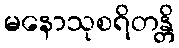
မနောသုစရိတန္တိ